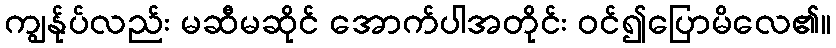
ကျွန်ုပ်လည်း မဆီမဆိုင် အောက်ပါအတိုင်း ဝင်၍ပြောမိလေ၏။